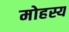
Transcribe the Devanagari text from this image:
मोहस्य